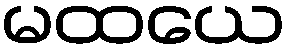
မထယေ